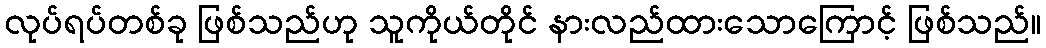
လုပ်ရပ်တစ်ခု ဖြစ်သည်ဟု သူကိုယ်တိုင် နားလည်ထားသောကြောင့် ဖြစ်သည်။